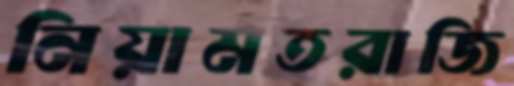
নিয়ামতরাজি